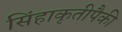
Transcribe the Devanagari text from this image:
सिंहाकृतीपैकी